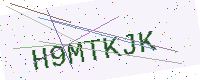
Text: H9MTKJK